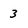
Character: 3